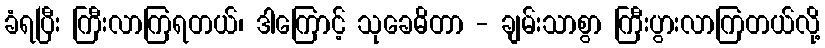
ခံရပြီး ကြီးလာကြရတယ်၊ ဒါကြောင့် သုခေဓိတာ - ချမ်းသာစွာ ကြီးပွားလာကြတယ်လို့